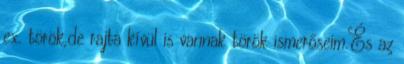
ex. török,de rajta kívül is vannak török ismerőseim.És az